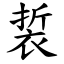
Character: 裚